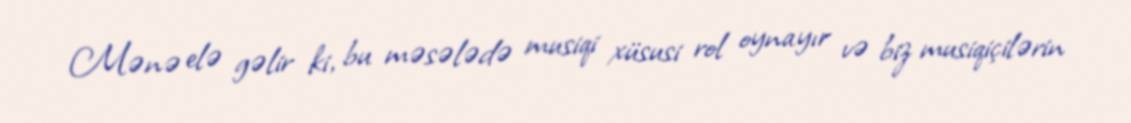
Mənə elə gəlir ki, bu məsələdə musiqi xüsusi rol oynayır və biz musiqiçilərin